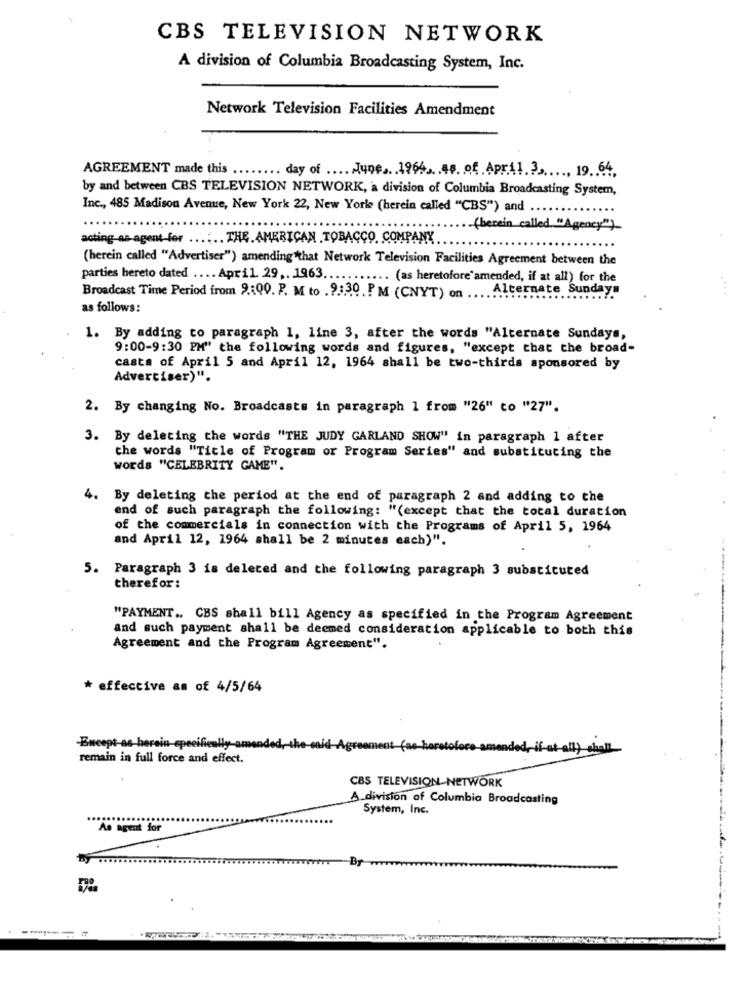
CBS TELEVISION NETWORK
A division of Columbia Broadcasting System, Inc.
Network Television Facilities Amendment
AGREEMENT made this ...
.. day of .... . June .. . 1965 ...... of .April.3 ...... 19 .. 64.
by and between CBS TELEVISION NETWORK, a division of Columbia Broadcasting System,
Inc ., 485 Madison Avenue, New York 22, New Yorke (herein called "CBS") and ..
-(becein called "Agency")
acting-as-agent for ...... THE AMERICAN TOBACCO, COMPANY
(herein called "Advertiser") amending that Network Television Facilities Agreement between the
parties hereto dated .... April. 29 ,. 1963.
.. (as heretofore'amended, if at all) for the
Alternate Sundays
....
Broadcast Time Period from 9.100. P. M to .9 .: 30. PM (CNYT) on
as follows:
1. By adding to paragraph 1, line 3, after the words "Alternate Sundays,
9:00-9:30 PM" the following words and figures, "except that the broad-
casts of April 5 and April 12, 1964 shall be two-thirds sponsored by
Advertiser)".
2. By changing No. Broadcasts in paragraph 1 from "26" to "27".
3. By deleting the words "THE JUDY GARLAND SHOW" in paragraph 1 after
the words "Title of Program or Program Series" and substituting the
words "CELEBRITY GAME".
4. By deleting the period at the end of paragraph 2 and adding to the
end of such paragraph the following: "(except that the total duration
of the commercials in connection with the Programs of April 5, 1964
and April 12, 1964 shall be 2 minutes each)".
5. Paragraph 3 is deleted and the following paragraph 3 substituted
therefor:
"PAYMENT .. CBS shall bill Agency as specified in the Program Agreement
and such payment shall be deemed consideration applicable to both this
Agreement and the Program Agreement".
* effective as of 4/5/64
-Encept-as-herein-specifically
nent fa
oretofore-amar
ded-if-at all) shall
remain in full force and effect.
CBS TELEVISION NETWORK
A division of Columbia Broadcasting
System, Inc.
"As agent for